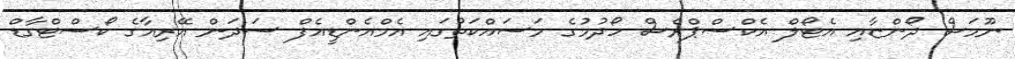
ނޫމަސް ދޯންޏާއި އެޓޯލް އެކްސްޕްރެސް ހޯދުމުގެ މަސައްކަތުގައި އެމްއެންޑީއެފް ސަދަން އޭރިއާގެ ކޯސްޓްގާޑް